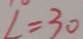
L = 3 0